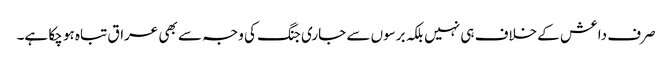
صرف داعش کے خلاف ہی نہیں بلکہ برسوں سے جاری جنگ کی وجہ سے بھی عراق تباہ ہو چکا ہے۔